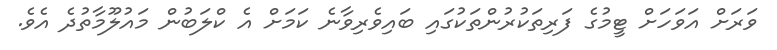
ވަރަށް އަވަހަށް ޓީމުގެ ފަރިތަކުރުންތަކުގައި ބައިވެރިވާނެ ކަމަށް އެ ކްލަބުން މައުލޫމާތުދެ އެވެ.